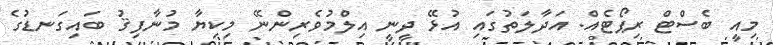
މިއީ ބެސްޓް ރިޕޯޓެއް. އަދާލަތުގައި އުޅޭ ދީނީ އިލްމުވެރިންނޭ މިކިޔާ މުނާފިޤު ބައިގަނޑުގެ